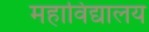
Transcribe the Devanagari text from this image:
महाविद्यालय